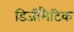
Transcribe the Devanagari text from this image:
डिजीमैटिक